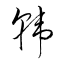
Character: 韓